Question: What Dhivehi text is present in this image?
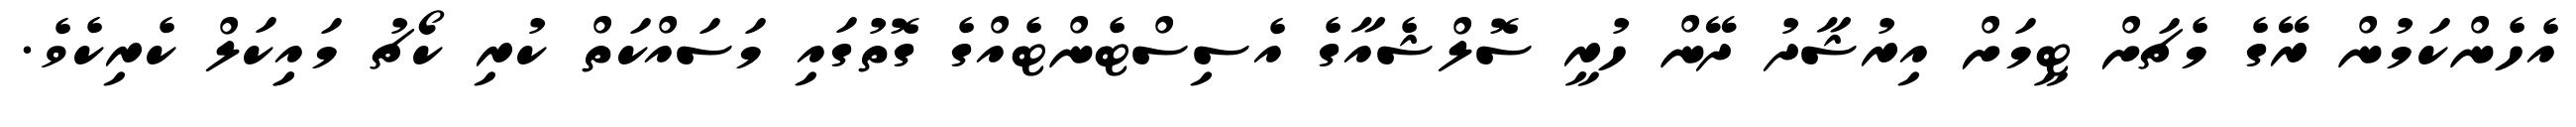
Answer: އެހެންކަމުން ރޭގެ މެޗަށް ޓީމަށް އިރުޝާދު ދޭން ހުރީ ސޮލްޝެއާގެ އެސިސްޓެންޓެއްގެ ގޮތުގައި މަސައްކަތް ކުރި ކޯޗު މައިިކަލް ކެރިކެވެ.